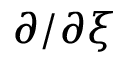
\partial / \partial \xi